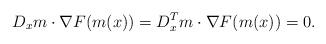
LaTeX: \begin{align*}D_x m \cdot \nabla F(m(x))= D_x^T m \cdot \nabla F(m(x))=0.\end{align*}